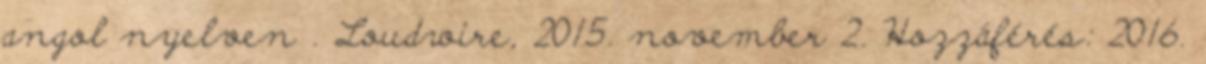
angol nyelven . Loudwire, 2015. november 2. Hozzáférés: 2016.